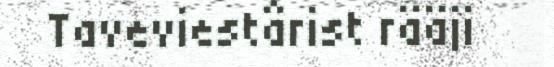
Taveviestârist rääji